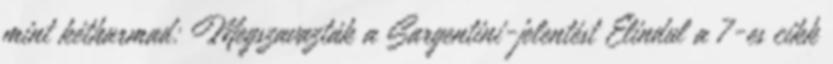
mint kétharmad: Megszavazták a Sargentini-jelentést Elindul a 7-es cikk